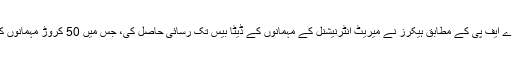
فرانسیسی خبر رساں ایجنسی اے ایف پی کے مطابق ہیکرز نے میریٹ انٹرنیشنل کے مہمانوں کے ڈیٹا بیس تک رسائی حاصل کی، جس میں 50 کروڑ مہمانوں کی ذاتی معلومات موجود تھیں۔